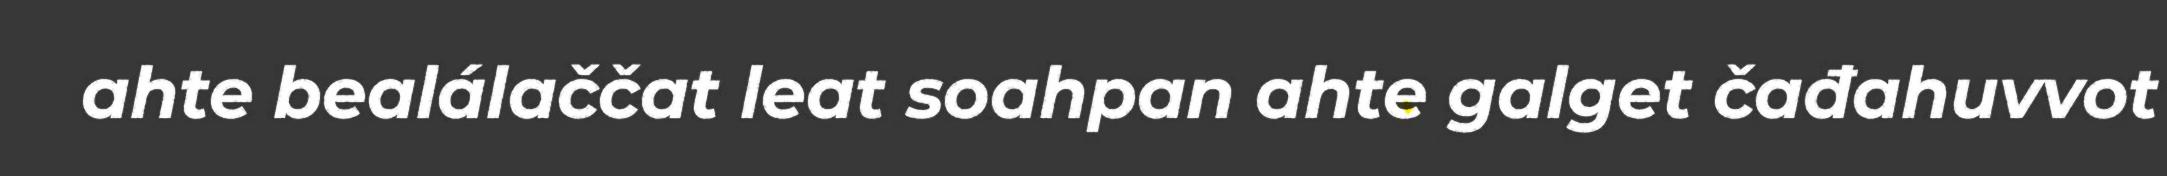
ahte bealálaččat leat soahpan ahte galget čađahuvvot